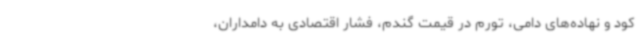
کود و نهاده‌های دامی، تورم در قیمت گندم، فشار اقتصادی به دامداران،